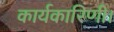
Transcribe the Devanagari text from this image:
कार्यकारिणी।